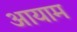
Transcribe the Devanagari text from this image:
अायाम